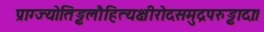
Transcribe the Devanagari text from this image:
प्राग्ज्योतिड्ढलौहित्यक्षीरोदसमुद्रपरुड्ढादाः।